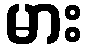
မား